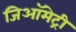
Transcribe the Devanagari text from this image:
जिऑमेट्री